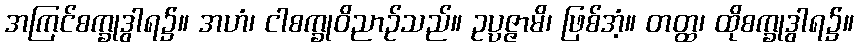
အကြင်စက္ခုဒွါရ၌။ အဟံ၊ ငါစက္ခုဝိညာဉ်သည်။ ဥပ္ပဇ္ဇာမိ၊ ဖြစ်အံ့။ တတ္ထ၊ ထိုစက္ခုဒွါရ၌။